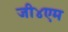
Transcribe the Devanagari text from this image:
जी४एम